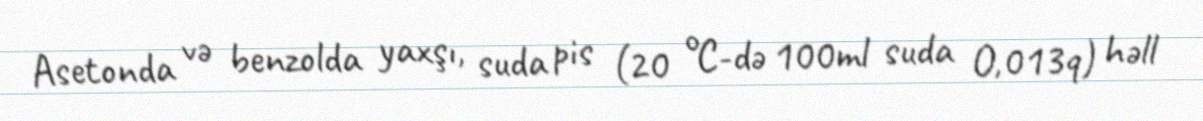
Asetonda və benzolda yaxşı, suda pis (20 °C-də 100ml suda O,013q) həll